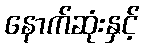
နောက်ဆုံးနှင့်